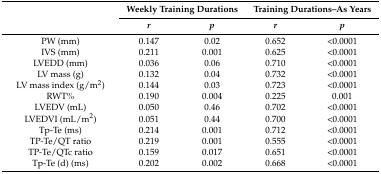
<table><thead><tr><td rowspan="2"></td><td colspan="2"><b>Weekly Training Durations</b></td><td colspan="2"><b>Training Durations–As Years</b></td></tr><tr><td><b><i>r</i></b></td><td><b><i>p</i></b></td><td><b><i>r</i></b></td><td><b><i>p</i></b></td></tr></thead><tbody><tr><td>PW (mm)</td><td>0.147</td><td>0.02</td><td>0.652</td><td>&lt;0.0001</td></tr><tr><td>IVS (mm)</td><td>0.211</td><td>0.001</td><td>0.625</td><td>&lt;0.0001</td></tr><tr><td>LVEDD (mm)</td><td>0.036</td><td>0.06</td><td>0.710</td><td>&lt;0.0001</td></tr><tr><td>LV mass (g)</td><td>0.132</td><td>0.04</td><td>0.732</td><td>&lt;0.0001</td></tr><tr><td>LV mass index (g/m<sup>2</sup>)</td><td>0.144</td><td>0.03</td><td>0.723</td><td>&lt;0.0001</td></tr><tr><td>RWT%</td><td>0.190</td><td>0.004</td><td>0.225</td><td>0.001</td></tr><tr><td>LVEDV (mL)</td><td>0.050</td><td>0.46</td><td>0.702</td><td>&lt;0.0001</td></tr><tr><td>LVEDVI (mL/m<sup>2</sup>)</td><td>0.051</td><td>0.44</td><td>0.700</td><td>&lt;0.0001</td></tr><tr><td>Tp-Te (ms)</td><td>0.214</td><td>0.001</td><td>0.712</td><td>&lt;0.0001</td></tr><tr><td>TP-Te/QT ratio</td><td>0.219</td><td>0.001</td><td>0.555</td><td>&lt;0.0001</td></tr><tr><td>TP-Te/QTc ratio</td><td>0.159</td><td>0.017</td><td>0.651</td><td>&lt;0.0001</td></tr><tr><td>Tp-Te (d) (ms)</td><td>0.202</td><td>0.002</td><td>0.668</td><td>&lt;0.0001</td></tr></tbody></table>